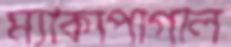
ম্যাকাপাগাল